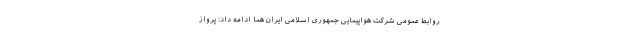
روابط عمومی شرکت هواپیمایی جمهوری اسلامی ایران هما ادامه داد: پرواز